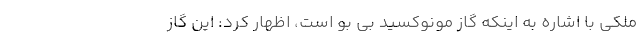
ملکی با اشاره به اینکه گاز مونوکسید بی بو است، اظهار کرد: این گاز